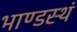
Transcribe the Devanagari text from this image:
भाण्डस्थं